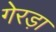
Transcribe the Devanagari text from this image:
गेरड़ा